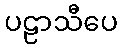
ပဠာသီပေ